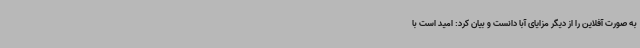
به صورت آفلاین را از دیگر مزایای آبا دانست و بیان کرد: امید است با